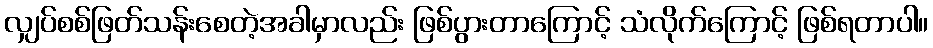
လျှပ်စစ်ဖြတ်သန်းစေတဲ့အခါမှာလည်း ဖြစ်ပွားတာကြောင့် သံလိုက်ကြောင့် ဖြစ်ရတာပါ။